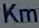
Km